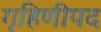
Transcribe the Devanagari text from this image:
गृहिणीपद